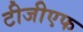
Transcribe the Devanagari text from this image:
टीजीएफ